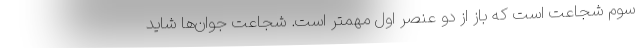
سوم شجاعت است که باز از دو عنصر اول مهمتر است. شجاعت جوان‌ها شاید